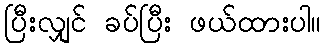
ပြီးလျှင် ခပ်ပြီး ဖယ်ထားပါ။